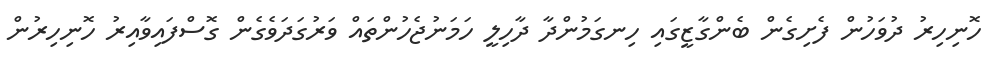
ހޮނިހިރު ދުވަހުން ފެށިގެން ބެންގާޒީގައި ހިނގަމުންދާ ދާހިލީ ހަމަނުޖެހުންތައް ވަރުގަދަވެގެން ގޮސްފައިވާއިރު ހޮނިހިރުން